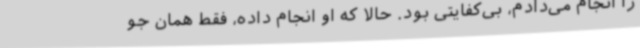
را انجام می‌دادم، بی‌کفایتی بود. حالا که او انجام داده، فقط همان جو